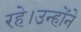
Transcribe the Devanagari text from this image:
रहे।उन्होंने